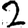
Digit: 2